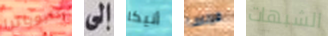
كليوباترا إلى أنيكا فرنسا الشبهات